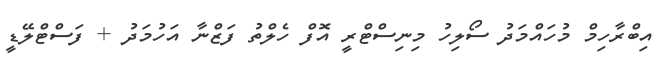
އިބްރާހިމް މުހައްމަދު ސޯލިހު މިނިސްޓްރީ އޮފް ހެލްތު ފަޒްނާ އަހުމަދު + ފަސްޓްލޭޑީ